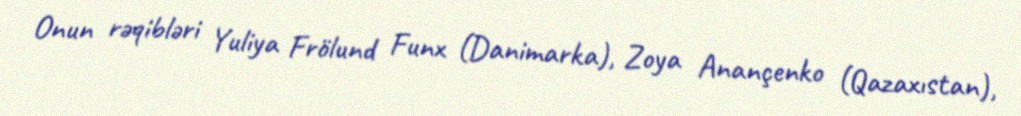
Onun rəqibləri Yuliya Frölund Funx (Danimarka), Zoya Anançenko (Qazaxıstan),